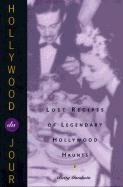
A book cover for Hollywood Du Jour: Lost Recipes of Legendary Hollywood Haunts; Betty Goodwin; Cookbooks, Food & Wine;